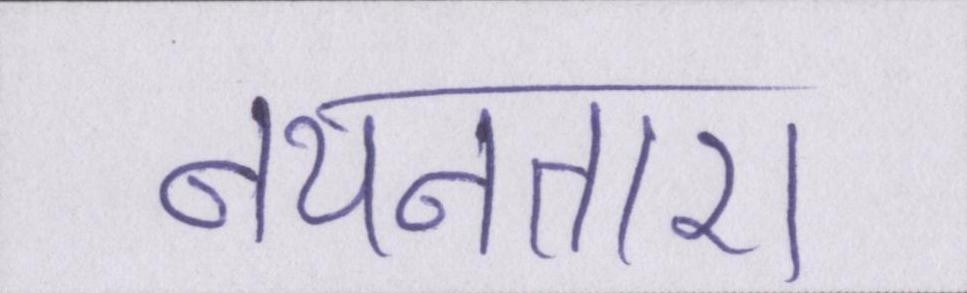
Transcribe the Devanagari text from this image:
नयनतारा